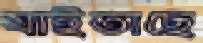
যাইতাছে